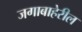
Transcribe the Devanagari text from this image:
जगाबाहेरील